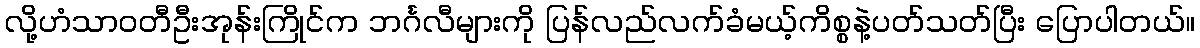
လို့ဟံသာဝတီဦးအုန်းကြိုင်က ဘင်္ဂလီများကို ပြန်လည်လက်ခံမယ့်ကိစ္စနဲ့ပတ်သတ်ပြီး ပြောပါတယ်။